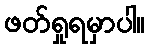
ဖတ်ရှုရမှာပါ။